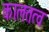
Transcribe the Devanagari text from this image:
कालतत्व